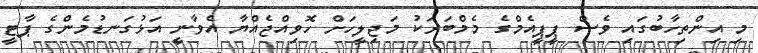
މި އިންތިހާބުގައި ވެސް ޕީޕީއެމްގެ މެމްބަރަކު މަޖިލީހަށް ހޮވިއްޖެއްޔާ އެވާނީ އަޅުގަނޑުމެންގެ ޕާޓީ